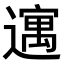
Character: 𫑈